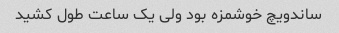
ساندویچ خوشمزه بود ولی یک ساعت طول کشید